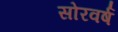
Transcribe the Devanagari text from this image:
सोरवर्ष